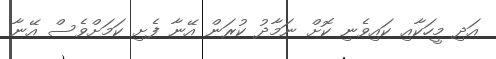
އަދި މީހަކާއި ކައިވެނި ކޮށް ނަމާދު ކުރަން އޭނާ ފެށި ކަމަށްވެސް އޭނާ